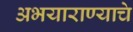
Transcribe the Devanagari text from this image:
अभयाराण्याचे